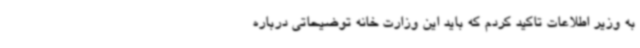
به وزیر اطلاعات تاکید کردم که باید این وزارت خانه توضیحاتی درباره